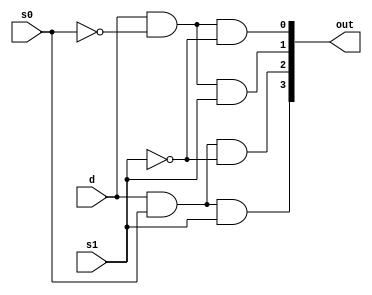
module demux1_4(input s0,s1, d, output [3:0]out);
	wire w1,w2,w3,w4,s0n,s1n;
	not n1(s0n,s0);
	not n2(s1n,s1);


	and a1(out[0],d,s0n,s1n);
	and a2(out[1],d,s0n,s1);
	and a3(out[2],d,s0,s1n);
	and a4(out[3],d,s0,s1);

endmodule

module test;
	reg s0,s1,d;
	wire [3:0] out;

	demux1_4 uut(s0,s1,d,out);

	initial begin
		$monitor($time," %b, %b, %b, %b",s0, s1, d, out);

		#5 s0=0; s1=0; d=1;
		#5 s1=1; 
		#5 s0=1;
		#5 s1=0;
	end

endmodule